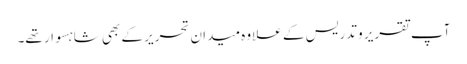
آپ تقریر و تدریس کے علاوہ میدانِ تحریر کے بھی شاہسوار تھے۔